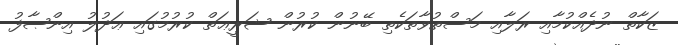
ޒަކާތް ނުދެއްކުމާއި ރަލާއި މަސްތުވާތަކެތި ބޭނުން ކުރުން ޝަރީޢަތް ކުރުމުގައި ޢަދުލު އިންޞާފު